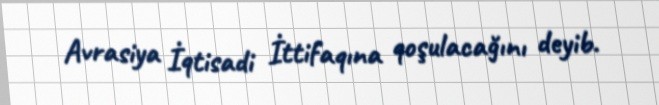
Avrasiya İqtisadi İttifaqına qoşulacağını deyib.